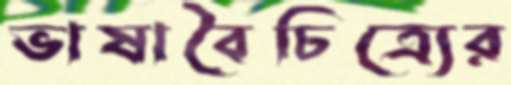
ভাষাবৈচিত্র্যের